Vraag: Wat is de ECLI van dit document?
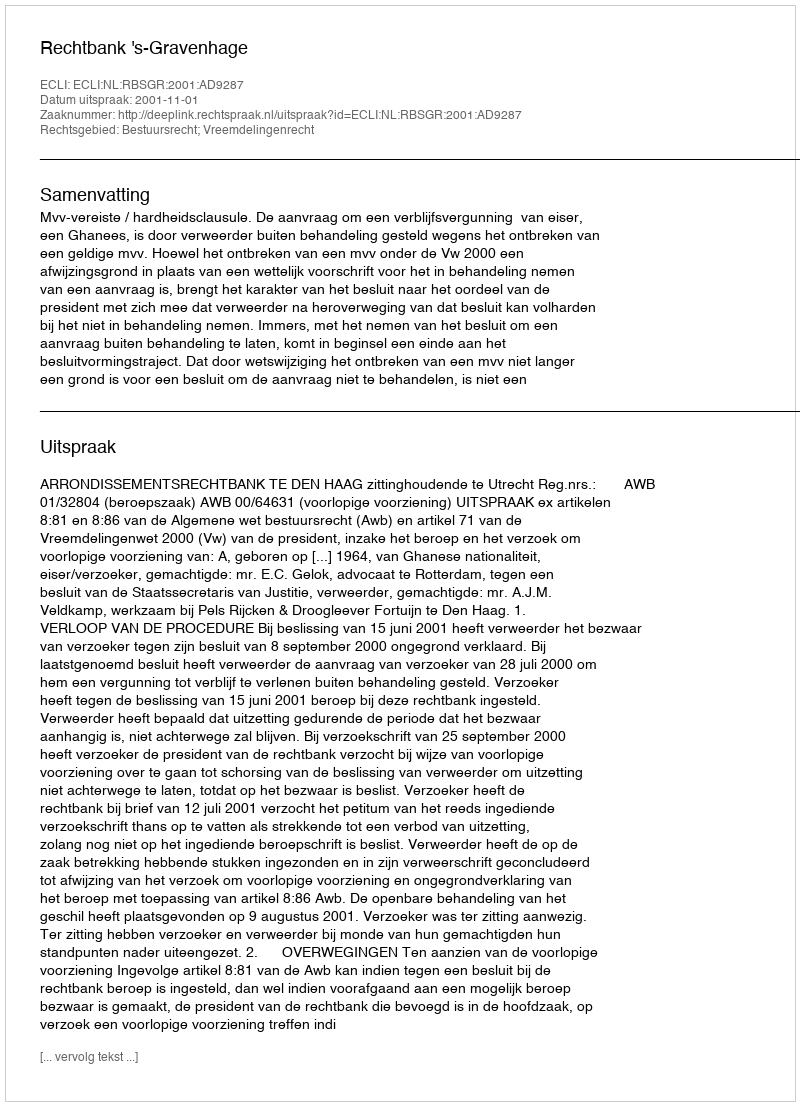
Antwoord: ECLI:NL:RBSGR:2001:AD9287